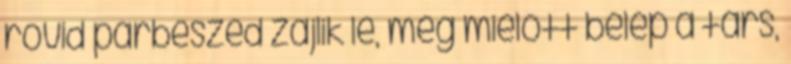
rövid párbeszéd zajlik le, még mielőtt belép a társ,